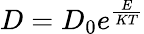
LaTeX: D=D_{0}e^{\frac{E}{KT}}